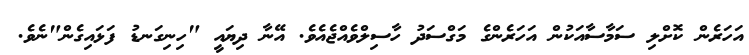
އަހަރެން ކޮށްލި ސަމާސާއަކުން އަހަރެންގެ މަގްސަދު ހާސިލްވެއްޖެއެވެ. އޭނާ ދިޔައީ "ހިނިގަނޑު ފަޅައިގެން"ނެވެ.